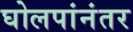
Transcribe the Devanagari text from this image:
घोलपांनंतर